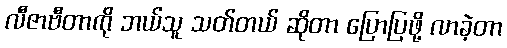
လီဇာဗီတာကို ဘယ်သူ သတ်တယ် ဆိုတာ ပြောပြဖို့ လာခဲ့တာ